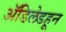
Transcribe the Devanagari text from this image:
ॲडिलेडहून